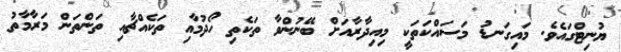
ޔުނިޓްގައެވެ. މައިގަނޑު މަސައްކަތަކީ މިއިދާރާއަށް ބޭނުންވާ ތަކެތި ހޯދުމާއި ތަކެއްޗާއި ތަންތަން މަރާމާތު